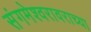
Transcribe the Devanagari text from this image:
संगमेश्वरावराच्या